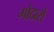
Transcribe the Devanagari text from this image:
गोदारो